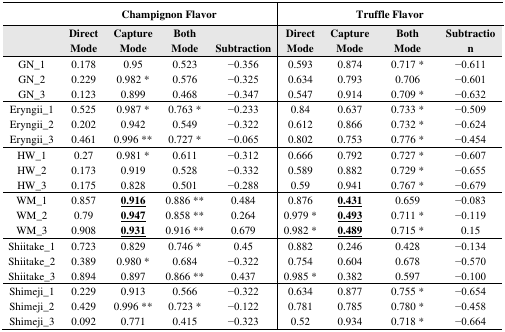
<table><thead><tr><td></td><td colspan="4"><b>Champignon Flavor</b></td><td colspan="5"><b>Truffle Flavor</b></td></tr><tr><td></td><td><b>Direct Mode</b></td><td><b>Capture Mode</b></td><td><b>Both Mode</b></td><td><b>Subtraction</b></td><td><b>Direct Mode</b></td><td><b>Capture Mode</b></td><td><b>Both Mode</b></td><td><b>Subtraction</b></td></tr></thead><tbody><tr><td>GN_1</td><td>0.178</td><td>0.95</td><td>0.523</td><td>−0.356</td><td>0.593</td><td>0.874</td><td>0.717 *</td><td>−0.611</td></tr><tr><td>GN_2</td><td>0.229</td><td>0.982 *</td><td>0.576</td><td>−0.325</td><td>0.634</td><td>0.793</td><td>0.706</td><td>−0.601</td></tr><tr><td>GN_3</td><td>0.123</td><td>0.899</td><td>0.468</td><td>−0.347</td><td>0.547</td><td>0.914</td><td>0.709 *</td><td>−0.632</td></tr><tr><td>Eryngii_1</td><td>0.525</td><td>0.987 *</td><td>0.763 *</td><td>−0.233</td><td>0.84</td><td>0.637</td><td>0.733 *</td><td>−0.509</td></tr><tr><td>Eryngii_2</td><td>0.202</td><td>0.942</td><td>0.549</td><td>−0.322</td><td>0.612</td><td>0.866</td><td>0.732 *</td><td>−0.624</td></tr><tr><td>Eryngii_3</td><td>0.461</td><td>0.996 **</td><td>0.727 *</td><td>−0.065</td><td>0.802</td><td>0.753</td><td>0.776 *</td><td>−0.454</td></tr><tr><td>HW_1</td><td>0.27</td><td>0.981 *</td><td>0.611</td><td>−0.312</td><td>0.666</td><td>0.792</td><td>0.727 *</td><td>−0.607</td></tr><tr><td>HW_2</td><td>0.173</td><td>0.919</td><td>0.528</td><td>−0.332</td><td>0.589</td><td>0.882</td><td>0.729 *</td><td>−0.655</td></tr><tr><td>HW_3</td><td>0.175</td><td>0.828</td><td>0.501</td><td>−0.288</td><td>0.59</td><td>0.941</td><td>0.767 *</td><td>−0.679</td></tr><tr><td>WM_1</td><td>0.857</td><td><b><underline>0.916</underline></b></td><td>0.886 **</td><td>0.484</td><td>0.876</td><td><b><underline>0.431</underline></b></td><td>0.659</td><td>−0.083</td></tr><tr><td>WM_2</td><td>0.79</td><td><b><underline>0.947</underline></b></td><td>0.858 **</td><td>0.264</td><td>0.979 *</td><td><b><underline>0.493</underline></b></td><td>0.711 *</td><td>−0.119</td></tr><tr><td>WM_3</td><td>0.908</td><td><b><underline>0.931</underline></b></td><td>0.916 **</td><td>0.679</td><td>0.982 *</td><td><b><underline>0.489</underline></b></td><td>0.715 *</td><td>0.15</td></tr><tr><td>Shiitake_1</td><td>0.723</td><td>0.829</td><td>0.746 *</td><td>0.45</td><td>0.882</td><td>0.246</td><td>0.428</td><td>−0.134</td></tr><tr><td>Shiitake_2</td><td>0.389</td><td>0.980 *</td><td>0.684</td><td>−0.322</td><td>0.754</td><td>0.604</td><td>0.678</td><td>−0.570</td></tr><tr><td>Shiitake_3</td><td>0.894</td><td>0.897</td><td>0.866 **</td><td>0.437</td><td>0.985 *</td><td>0.382</td><td>0.597</td><td>−0.100</td></tr><tr><td>Shimeji_1</td><td>0.229</td><td>0.913</td><td>0.566</td><td>−0.322</td><td>0.634</td><td>0.877</td><td>0.755 *</td><td>−0.654</td></tr><tr><td>Shimeji_2</td><td>0.429</td><td>0.996 **</td><td>0.723 *</td><td>−0.122</td><td>0.781</td><td>0.785</td><td>0.780 *</td><td>−0.458</td></tr><tr><td>Shimeji_3</td><td>0.092</td><td>0.771</td><td>0.415</td><td>−0.323</td><td>0.52</td><td>0.934</td><td>0.718 *</td><td>−0.664</td></tr></tbody></table>